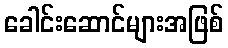
ခေါင်းဆောင်များအဖြစ်